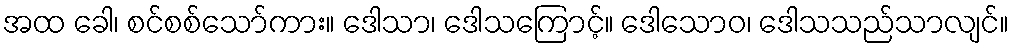
အထ ခေါ၊ စင်စစ်သော်ကား။ ဒေါသာ၊ ဒေါသကြောင့်။ ဒေါသောဝ၊ ဒေါသသည်သာလျင်။